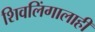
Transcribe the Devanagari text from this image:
शिवलिंगालाही